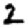
Digit: 2